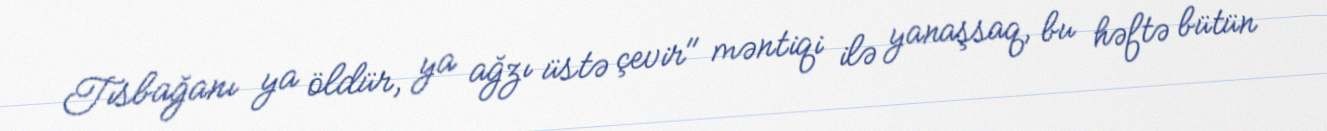
Tısbağanı ya öldür, ya ağzı üstə çevir" məntiqi ilə yanaşsaq, bu həftə bütün